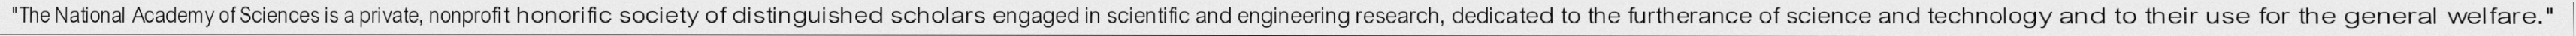
"The National Academy of Sciences is a private, nonprofit honorific society of distinguished scholars engaged in scientific and engineering research, dedicated to the furtherance of science and technology and to their use for the general welfare."